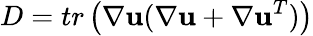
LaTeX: D=tr\left(\nabla\textbf{u}(\nabla\textbf{u}+\nabla\textbf{u}^{T})\right)